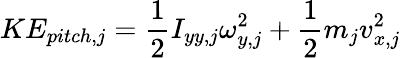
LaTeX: KE_{pitch,j}=\frac{1}{2}I_{yy,j}\omega_{y,j}^{2}+\frac{1}{2}m_{j}v_{x,j}^{2}